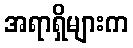
အရာရှိများက